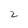
Character: 2